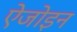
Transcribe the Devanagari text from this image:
ऐजोइन